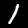
Digit: 1